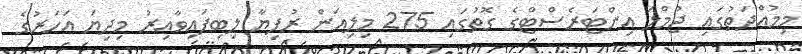
މިމުއްދަތުގައި ޖުމްލަ އިންޓަރެސްޓްގެ ގޮތުގައި 275 މިލިއަން ރުފިޔާ ލިބިފައިވާއިރު މިދިޔަ އަހަރުގެ